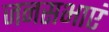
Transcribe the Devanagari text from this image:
जनसभाएं